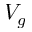
V _ { g }